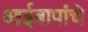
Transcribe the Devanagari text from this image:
आईबापांचे